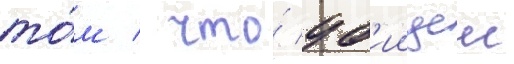
то́м / что́ уб'иицеи